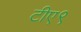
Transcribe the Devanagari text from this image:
टीए९